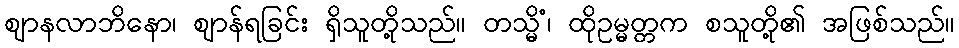
ဈာနလာဘိနော၊ ဈာန်ရခြင်း ရှိသူတို့သည်။ တသ္မိံ၊ ထိုဥမ္မတ္တက စသူတို့၏ အဖြစ်သည်။